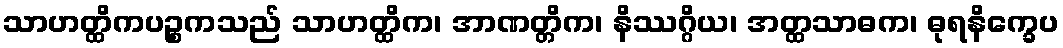
သာဟတ္ထိကပဉ္စကသည် သာဟတ္ထိက၊ အာဏတ္တိက၊ နိဿဂ္ဂိယ၊ အတ္ထသာဓက၊ ဓုရနိက္ခေပ